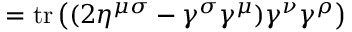
= \operatorname { t r } \left( ( 2 \eta ^ { \mu \sigma } - \gamma ^ { \sigma } \gamma ^ { \mu } ) \gamma ^ { \nu } \gamma ^ { \rho } \right)